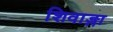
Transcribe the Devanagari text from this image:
शिवाङ्गा